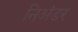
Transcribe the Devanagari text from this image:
निअंडर